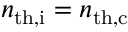
n _ { \mathrm { t h , i } } = n _ { \mathrm { t h , c } }